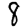
Digit: 8